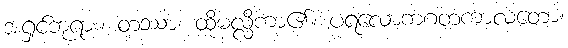
အရှင်ဘုရား။ တဿာ၊ ထိုမလ္လိကာ၏။ ပရလောကဂတကာလတော၊